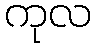
ကုလ